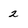
Character: 2